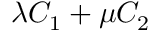
\lambda C _ { 1 } + \mu C _ { 2 }